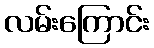
လမ်းကြောင်း